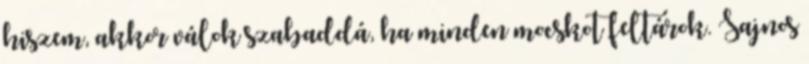
hiszem, akkor válok szabaddá, ha minden mocskot feltárok. Sajnos